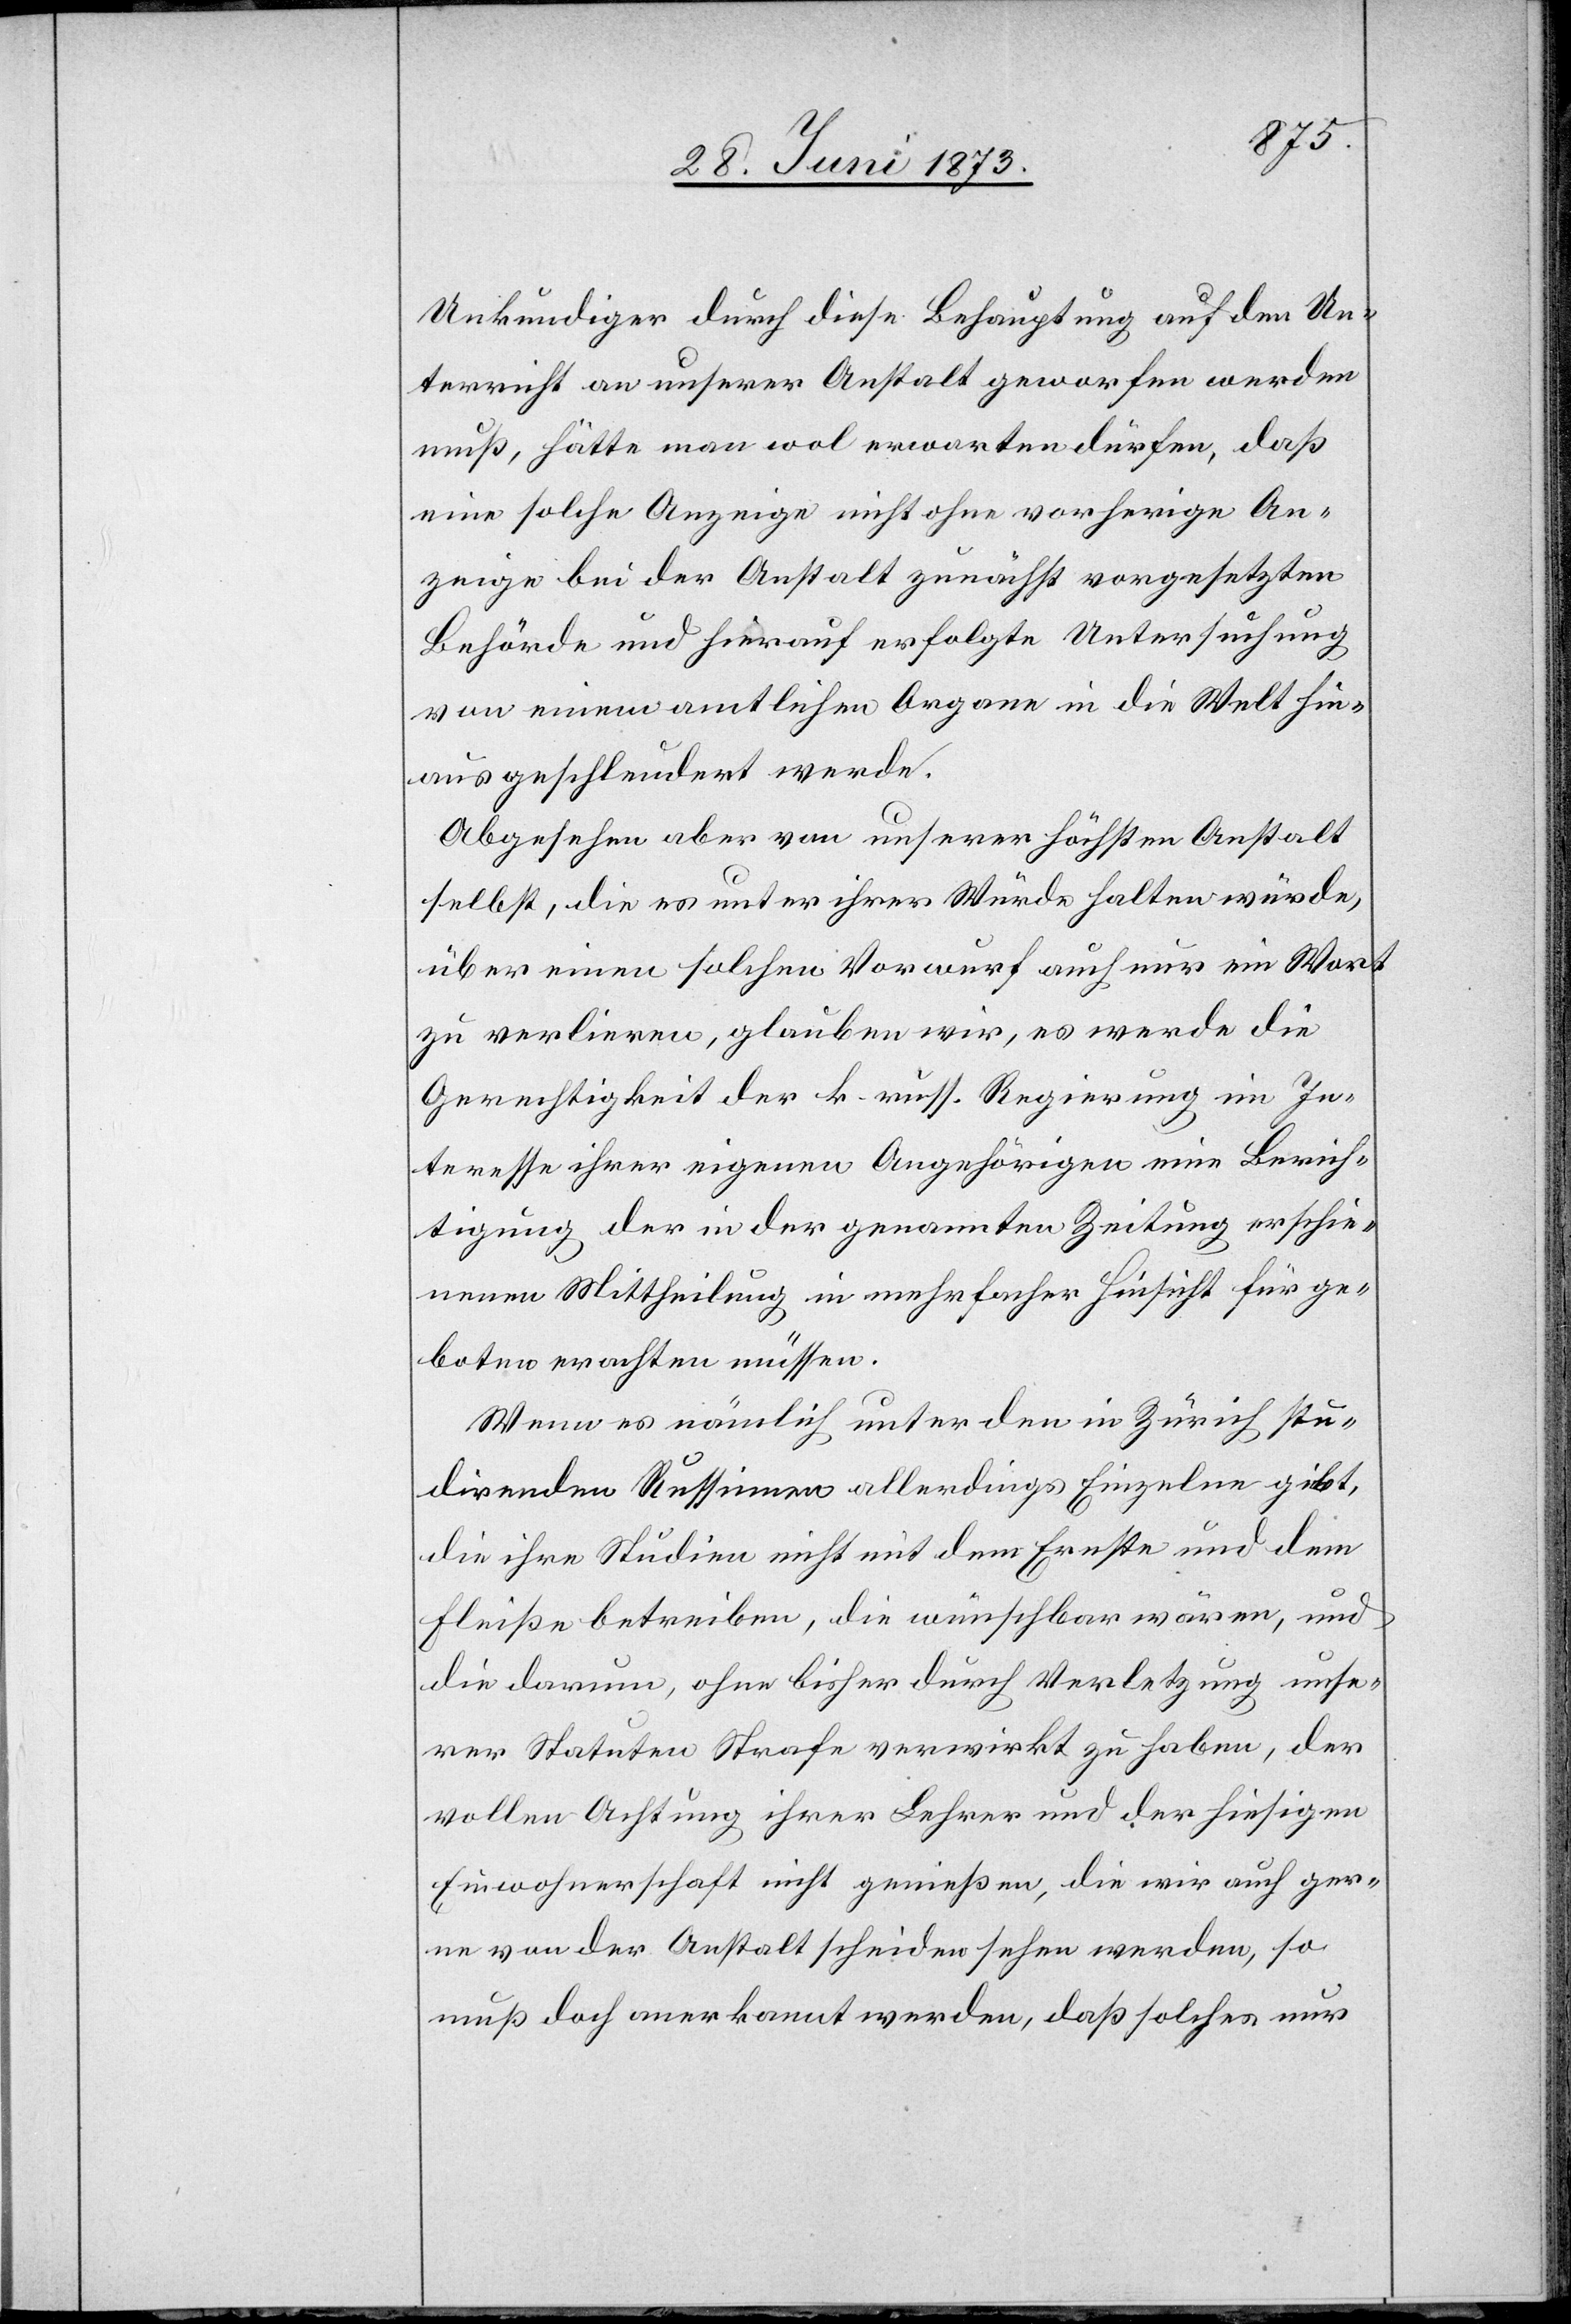
Unkundiger durch diese Behauptung auf den Un¬
terricht an unserer Anstalt geworfen werden
muß, hätte man wol erwarten dürfen, daß
eine solche Anzeige nicht ohne vorherige An¬
zeige bei der Anstalt zunächst vorgesetzten
Behörde und hierauf erfolgte Untersuchung
von einem amtlichen Organe in die Welt hin¬
aus geschleudert werde.
Abgesehen aber von unserer höchsten Anstalt
selbst, die es unter ihrer Würde halten würde,
über einen solchen Vorwurf auch nur ein Wort
zu verlieren, glauben wir, es werde die
Gerechtigkeit der k. russ. Regierung im In¬
teresse ihrer eigenen Angehörigen eine Berich¬
tigung der in der genannten Zeitung erschie¬
nenen Mittheilung in mehrfacher Hinsicht für ge¬
boten erachten müssen.
Wenn es nämlich unter den in Zürich stu¬
direnden Russinnen allerdings Einzelne gibt,
die ihre Studien nicht mit dem Ernste und dem
Fleiße betreiben, die wünschbar wären, und
die darum, ohne bisher durch Verletzung unse¬
rer Statuten Strafe verwirkt zu haben, der
vollen Achtung ihrer Lehrer und der hiesigen
Einwohnerschaft nicht genießen, die wir auch ger¬
ne von der Anstalt scheiden sehen werden, so
muß doch anerkannt werden, daß solches nur